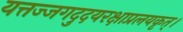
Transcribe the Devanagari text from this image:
यत्तज्जगदुदयरक्षाप्रलयकृत्।